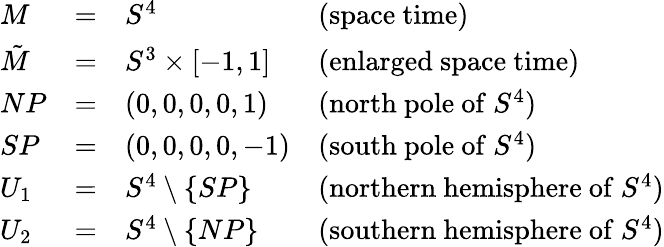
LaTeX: \begin{array}{lcll}{{M}}&{{=}}&{{S^{4}}}&{{(\mathrm{space~time})}}\\ {{\tilde{M}}}&{{=}}&{{S^{3}\times[-1,1]}}&{{(\mathrm{enlarged~space~time})}}\\ {{NP}}&{{=}}&{{(0,0,0,0,1)}}&{{(\mathrm{north~pole~of~}S^{4})}}\\ {{SP}}&{{=}}&{{(0,0,0,0,-1)}}&{{(\mathrm{south~pole~of~}S^{4})}}\\ {{U_{1}}}&{{=}}&{{S^{4}\setminus\{ SP\} }}&{{(\mathrm{northern~hemisphere~of~}S^{4})}}\\ {{U_{2}}}&{{=}}&{{S^{4}\setminus\{ NP\} }}&{{(\mathrm{southern~hemisphere~of~}S^{4})}}\end{array}